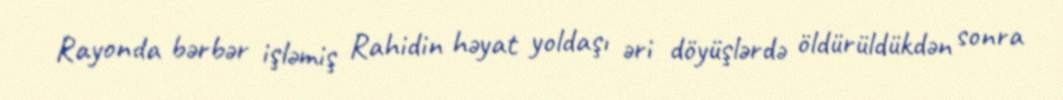
Rayonda bərbər işləmiş Rahidin həyat yoldaşı əri döyüşlərdə öldürüldükdən sonra